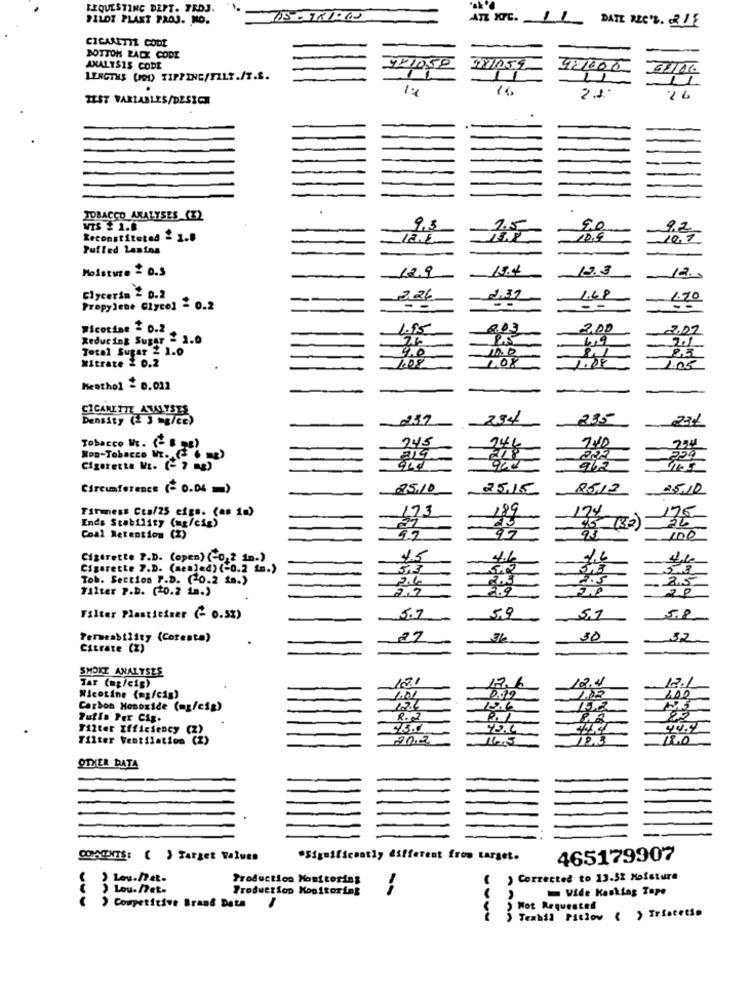
REQUESTING DEPT. TROJ.
PILOT PLANT PROJ. NO.
ATE HOFE. 11 DATE REC'. 2LE
CIGARETTE CODE
BOTTOK RALX CODE
ANALYSIS CODE
771050
281054
921000
LENGTHS (O) TIPPING/FILT./T.S.
11
1:
14.
2EST VARIABLES/DESIGN
24
TOBACCO ANALYSES _CZ2
WIS # 1.8
9.3
1.5
90
Reconstituted & 1.8
10,9
Puffed Lasina
Moisture 2 0.3
Glycerin & 0.2
--
1.48
1.70
Propylene Glycol - 0.2
- -
Wicotine - D.2
1.85
2.00
2.22
Redut ing Sugar - 1.0
6,9
21
Total Sugar 2 1.0
9.0
Nitrate 2 0.2
1.08
L.OF
1.05
Heathol = 0.011
CICANETTE ANALYSES
Density (2 3 mg/CE)
235
231
245
240
Tobacco H. (- 8 25)
Non-Tobacco Wt. .
222
250
Cigarette ME. (- 7 12)
962
Circumference (- 0.04 =)
25.10
25.15
85,12
25.12
Firmess Cta/25 cfgs. (as 10)
173
189
174
175
Ends Stability (mg/cig)
27
732
93
Coal Retention (1)
97
100
Cigarette P.D. (open) (-0,2 1n.)
45
4.6
14
Cigarette P.D. (menled) (-0.2 tm.)
513
52
5,3
Tob. Section P.D. (0.2 in.)
2.5
2,5
Filter P.D. (+0.2 in.)
2.9
20
2P
59
Filter Plasticiner (- 0.5%)
5.7
5.8
Permeability (Coresta)
29
30
32
Citrate (Z)
SMOKE ANALYSES
12.1
12.4
Tar (mg/cip)
Nicotine (mg/cig)
1.01
1.02
200
Carbon Monoxide (mg/cig)
124
Pulls Per Cig.
8.2
82
82
Filter Efficiency CZ
44.4l
Filter Ventilation (Z
18.3
OTHER DATA
COMMENTS: ( ) Target Values
"Significantly different from target.
465179907
Lou.Det.
Production Monitoring
) Corrected to 13.52 Moisture
Lou.Det-
Production Monitoring
Wide Kesking Tape
( ) Competitive Brand Date
Wot Requested
) Texbil Pstlow ( ) Tristetio